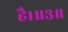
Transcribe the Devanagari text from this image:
है।॥३॥